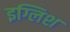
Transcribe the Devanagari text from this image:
इग्लिश